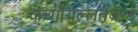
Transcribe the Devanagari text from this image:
कथायिल्‍लतेवन्‍टे